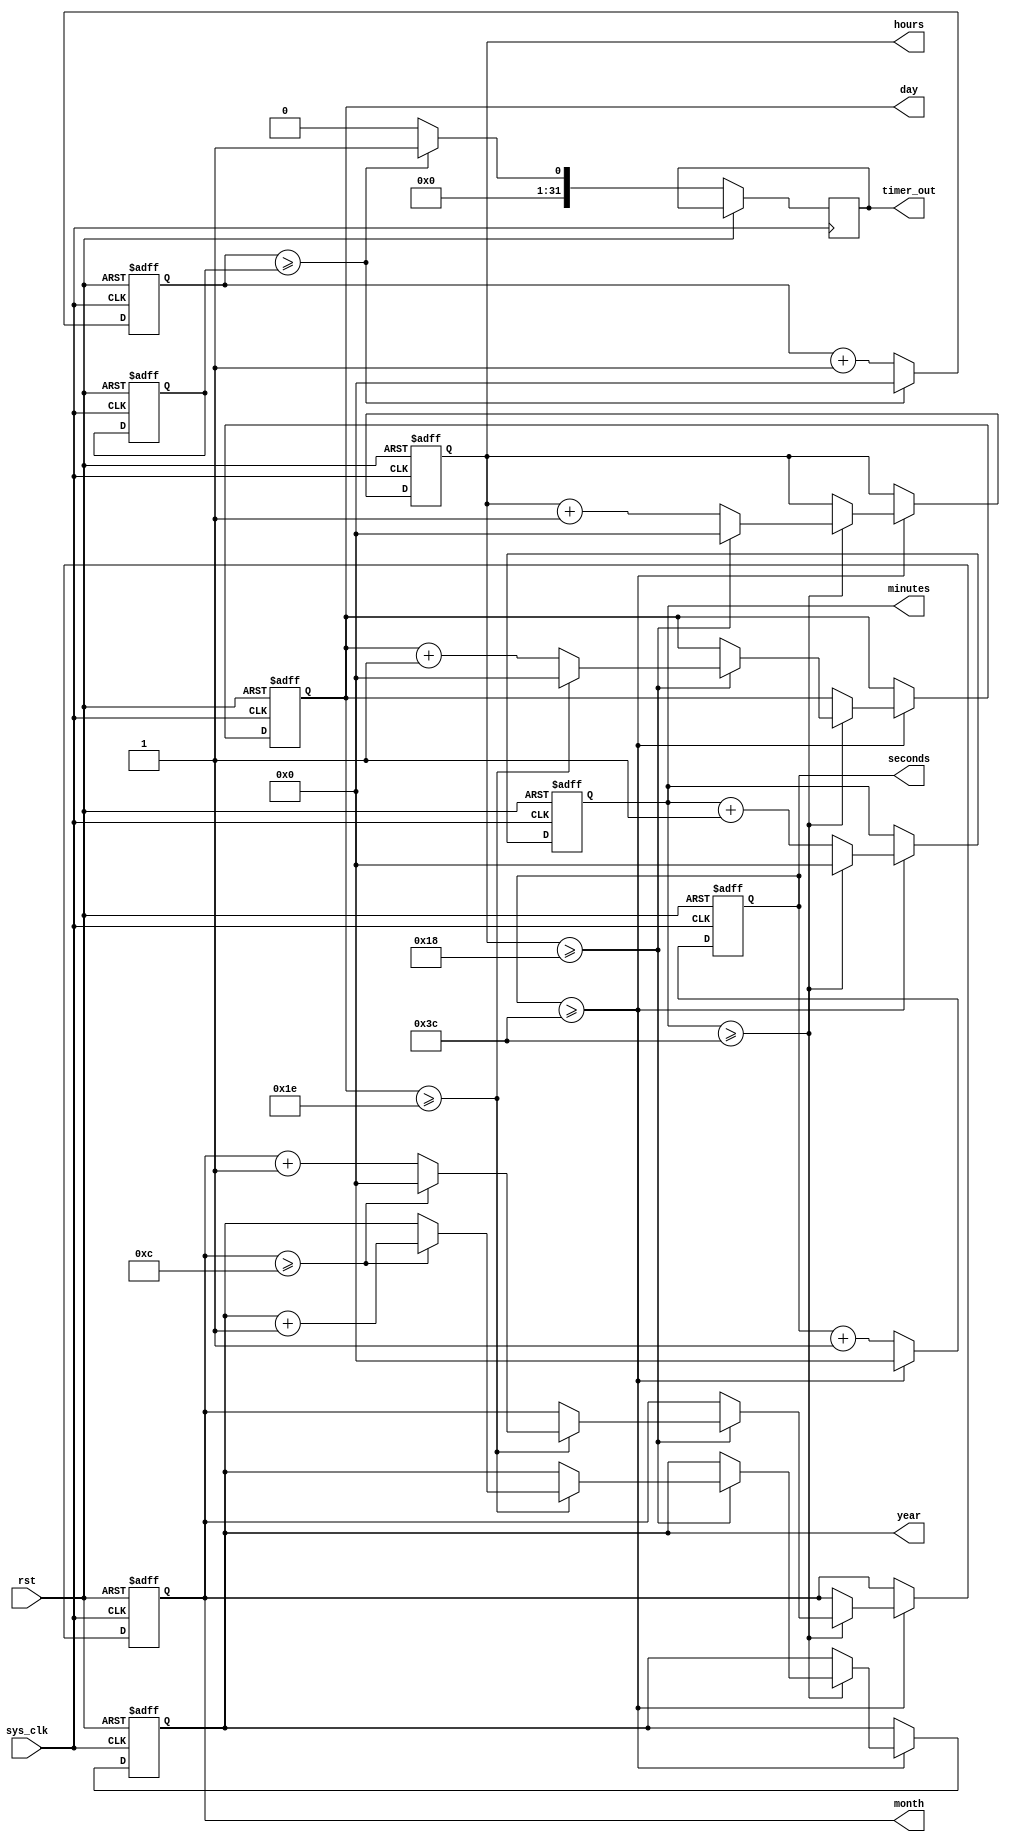
module rtc_timer (
    input wire sys_clk,  // System clock input
    input wire rst,      // Reset signal input
    output reg [31:0] seconds,  // Output for current seconds
    output reg [31:0] minutes,  // Output for current minutes
    output reg [31:0] hours,    // Output for current hours
    output reg [31:0] day,      // Output for current day
    output reg [31:0] month,    // Output for current month
    output reg [31:0] year,     // Output for current year
    output reg [31:0] timer_out // Output for timer module
);

reg [31:0] rtc_seconds_reg;
reg [31:0] rtc_minutes_reg;
reg [31:0] rtc_hours_reg;
reg [31:0] rtc_day_reg;
reg [31:0] rtc_month_reg;
reg [31:0] rtc_year_reg;

reg [31:0] timer_reg;
reg [31:0] timer_cnt;

always @ (posedge sys_clk or posedge rst) begin
    if (rst) begin
        rtc_seconds_reg <= 32'd0;
        rtc_minutes_reg <= 32'd0;
        rtc_hours_reg <= 32'd0;
        rtc_day_reg <= 32'd0;
        rtc_month_reg <= 32'd0;
        rtc_year_reg <= 32'd0;
        
        timer_reg <= 32'd0;
        timer_cnt <= 32'd0;
    end else begin
        rtc_seconds_reg <= rtc_seconds_reg + 32'd1;
        
        if (rtc_seconds_reg >= 32'd60) begin
            rtc_seconds_reg <= 32'd0;
            rtc_minutes_reg <= rtc_minutes_reg + 32'd1;
            
            if (rtc_minutes_reg >= 32'd60) begin
                rtc_minutes_reg <= 32'd0;
                rtc_hours_reg <= rtc_hours_reg + 32'd1;
                
                if (rtc_hours_reg >= 32'd24) begin
                    rtc_hours_reg <= 32'd0;
                    rtc_day_reg <= rtc_day_reg + 32'd1;
                    
                    if (rtc_day_reg >= 32'd30) begin
                        rtc_day_reg <= 32'd0;
                        rtc_month_reg <= rtc_month_reg + 32'd1;
                        
                        if (rtc_month_reg >= 32'd12) begin
                            rtc_month_reg <= 32'd0;
                            rtc_year_reg <= rtc_year_reg + 32'd1;
                        end
                    end
                end
            end
        end
        
        if (timer_cnt >= timer_reg) begin
            timer_out <= 32'd1;
            timer_cnt <= 32'd0;
        end else begin
            timer_out <= 32'd0;
            timer_cnt <= timer_cnt + 32'd1;
        end
    end
end

assign seconds = rtc_seconds_reg;
assign minutes = rtc_minutes_reg;
assign hours = rtc_hours_reg;
assign day = rtc_day_reg;
assign month = rtc_month_reg;
assign year = rtc_year_reg;

endmodule